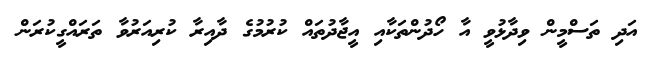
އަދި ތަސްމީން ވިދާޅުވީ އާ ހޯދުންތަކާއި އީޖާދުތައް ކުރުމުގެ ދާއިރާ ކުރިއަރުވާ ތަރައްގީކުރަން